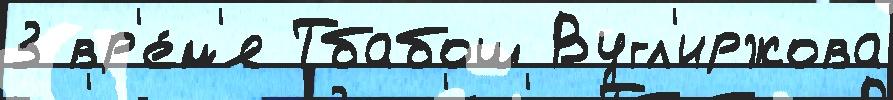
3 вр'е́м'я Тбабош Вугл'иржова